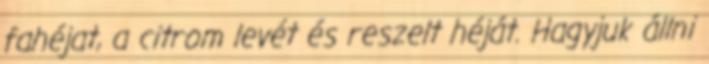
fahéjat, a citrom levét és reszelt héját. Hagyjuk állni